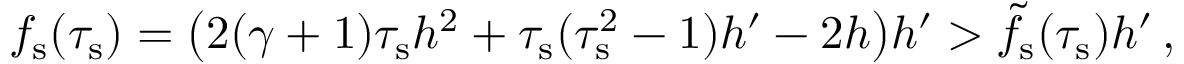
\begin{array} { r } { f _ { \mathrm { s } } ( \tau _ { \mathrm { s } } ) = \big ( 2 ( \gamma + 1 ) \tau _ { \mathrm { s } } h ^ { 2 } + \tau _ { \mathrm { s } } ( \tau _ { \mathrm { s } } ^ { 2 } - 1 ) h ^ { \prime } - 2 h \big ) h ^ { \prime } > \tilde { f } _ { \mathrm { s } } ( \tau _ { \mathrm { s } } ) h ^ { \prime } \, , } \end{array}